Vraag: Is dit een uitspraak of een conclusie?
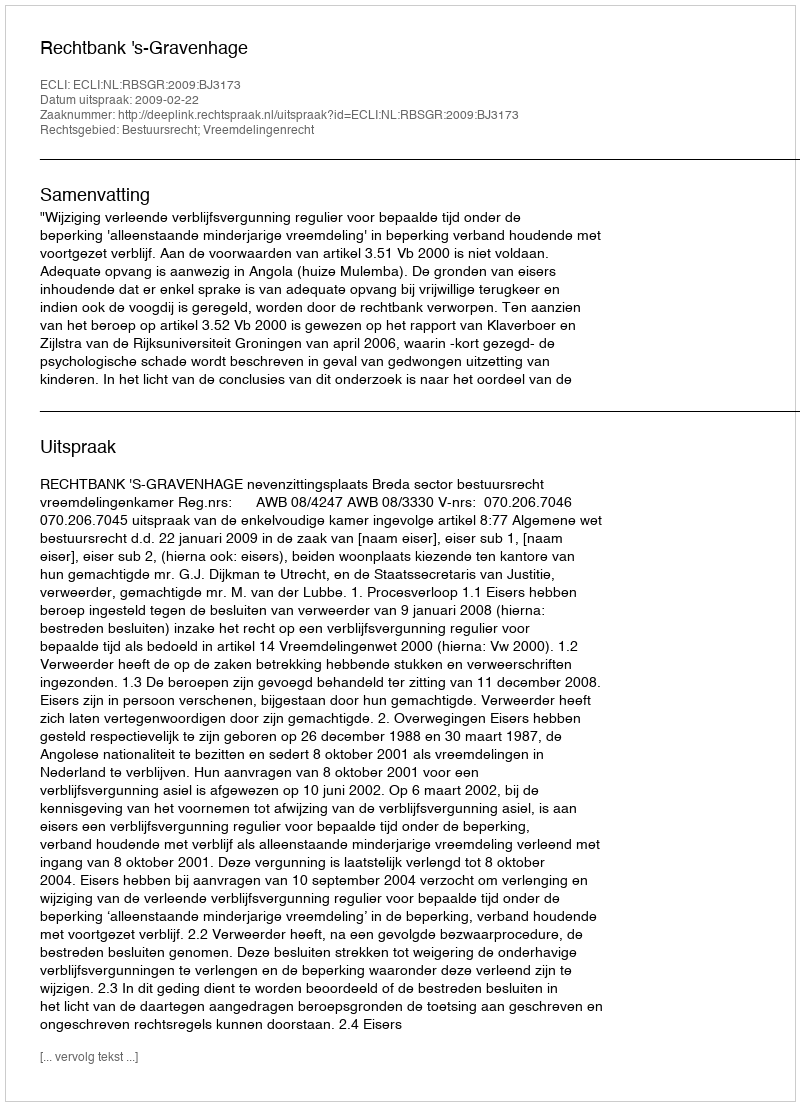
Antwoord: Uitspraak